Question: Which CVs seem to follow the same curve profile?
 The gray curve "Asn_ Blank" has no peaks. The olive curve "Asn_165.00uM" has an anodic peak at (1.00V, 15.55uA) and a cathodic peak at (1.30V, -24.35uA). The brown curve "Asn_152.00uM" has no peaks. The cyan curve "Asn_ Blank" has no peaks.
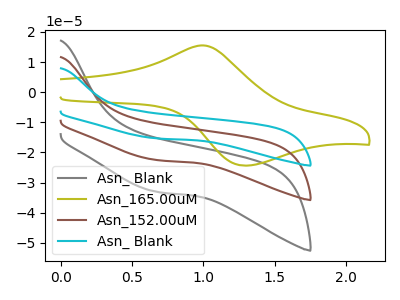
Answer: <think>"Asn_ Blank" and "Asn_165.00uM" have a different number of peaks. Neither "Asn_ Blank" or "Asn_152.00uM" have any peaks. Neither "Asn_ Blank" or "Asn_ Blank" have any peaks. "Asn_165.00uM" and "Asn_152.00uM" have a different number of peaks. "Asn_165.00uM" and "Asn_ Blank" have a different number of peaks. Neither "Asn_152.00uM" or "Asn_ Blank" have any peaks.
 </think>
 <answer>"Asn_ Blank", "Asn_ Blank" and "Asn_152.00uM" have the same shape and are likely CV's of the same chemical.</answer>
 <eval>"Asn_ Blank" "Asn_ Blank" "Asn_152.00uM"</eval>